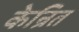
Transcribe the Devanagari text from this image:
केन्रित